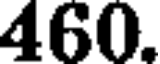
460.